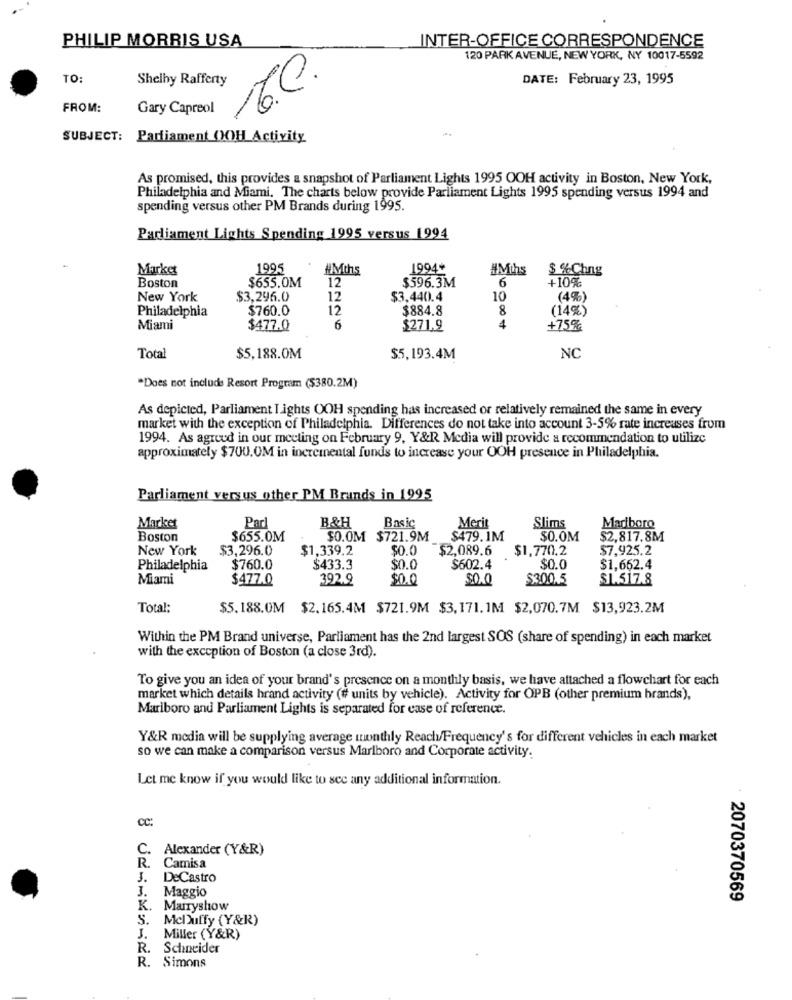
PHILIP MORRIS USA
INTER-OFFICE CORRESPONDENCE
120 PARK AVENUE, NEW YORK, NY 10017-5592
TO:
Shelby Rafferty
02
DATE: February 23, 1995
FROM:
Gary Capreol
SUBJECT: Parliament OOH Activity
As promised, this provides a snapshot of Parliament Lights 1995 OOH activity in Boston, New York,
Philadelphia and Miami. The charts below provide Parliament Lights 1995 spending versus 1994 and
spending versus other PM Brands during 1995.
Parliament Lights Spending 1995 versus 1994
Market
1995
#Mths
1994+
#Mths
$ %Chng
$655.0M
$596.3M
+10%
Boston
12
6
New York
$3,296.0
12
$3,440.4
10
(4%)
Philadelphia
$760.0
12
$884.8
8
(14%)
Miami
$477.0
6
$271.9
4
+75%
Total
$5,188.0M
$5,193.4M
NC
"Does not include Resort Program ($380.2M)
As depicted, Parliament Lights OOH spending has increased or relatively remained the same in every
market with the exception of Philadelphia. Differences do not take into account 3-5% rate increases from
1994. As agreed in our meeting on February 9, Y&R Media will provide a recommendation to utilize
approximately $700.OM in incremental funds to increase your OOH presence in Philadelphia.
Parliament versus other PM Brands in 1995
B&H
Market
Parl
Basic
Merit
Slims
Marlboro
Boston
$655.0M
$0.0M $721.9M
$479. IM
$0.0M
$2,817.8M
New York
$3,296.0
$1,339.2
$0.0
$2,089.6 $
$1,770.2
$7,925.2
Philadelphia
$760.0
$433.3
$0.0
$602.4
$0.0
$1,662.4
Miami
$477.0
392.9
$0.0
$0.0
$300.5
$1.517.8
Total:
$5.188.0M $2.165.4M $721.9M $3,171. 1M $2,070.7M $13,923.2M
Within the PM Brand universe, Parliament has the 2nd largest SOS (share of spending) in each market
with the exception of Boston (a close 3rd).
To give you an idea of your brand's presence on a monthly basis, we have attached a flowchart for each
market which details hrand activity (# units by vehicle). Activity for OPB (other premium brands),
Marlboro and Parliament Lights is separated for ease of reference.
Y&R media will be supplying average monthly Reach/Frequency's for different vehicles in each market
so we can make a comparison versus Marlboro and Corporate activity.
Let me know if you would like to see any additional information.
CC:
C. Alexander (Y&R)
R.
Camisa
J. DeCastro
J. Maggio
2070370569
K. Marryshow
S. McDuffy (Y&R)
J.
Miller (Y&R)
R.
Schneider
R. Simons